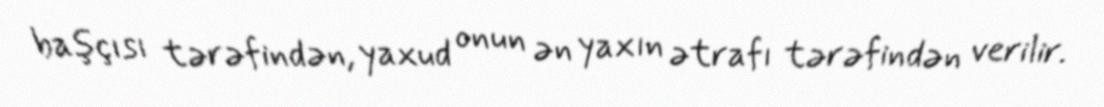
başçısı tərəfindən, yaxud onun ən yaxın ətrafı tərəfindən verilir.